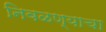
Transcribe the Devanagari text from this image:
निवळण्याचा